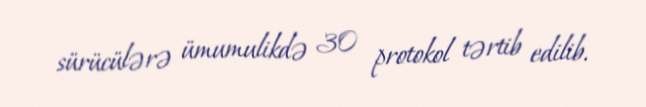
sürücülərə ümumulikdə 30 protokol tərtib edilib.